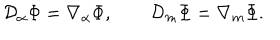
{ \cal D } _ { \alpha } \Phi = \nabla _ { \alpha } \Phi , \qquad { \cal D } _ { m } \Phi = \nabla _ { m } \Phi .